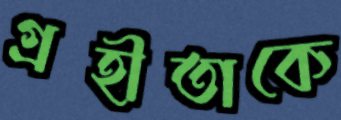
গ্রহীতাকে